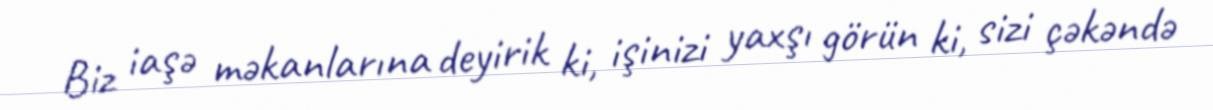
Biz iaşə məkanlarına deyirik ki, işinizi yaxşı görün ki, sizi çəkəndə